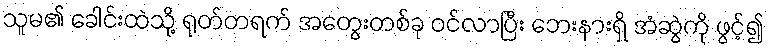
သူမ၏ ခေါင်းထဲသို့ ရုတ်တရက် အတွေးတစ်ခု ဝင်လာပြီး ဘေးနားရှိ အံဆွဲကို ဖွင့်၍